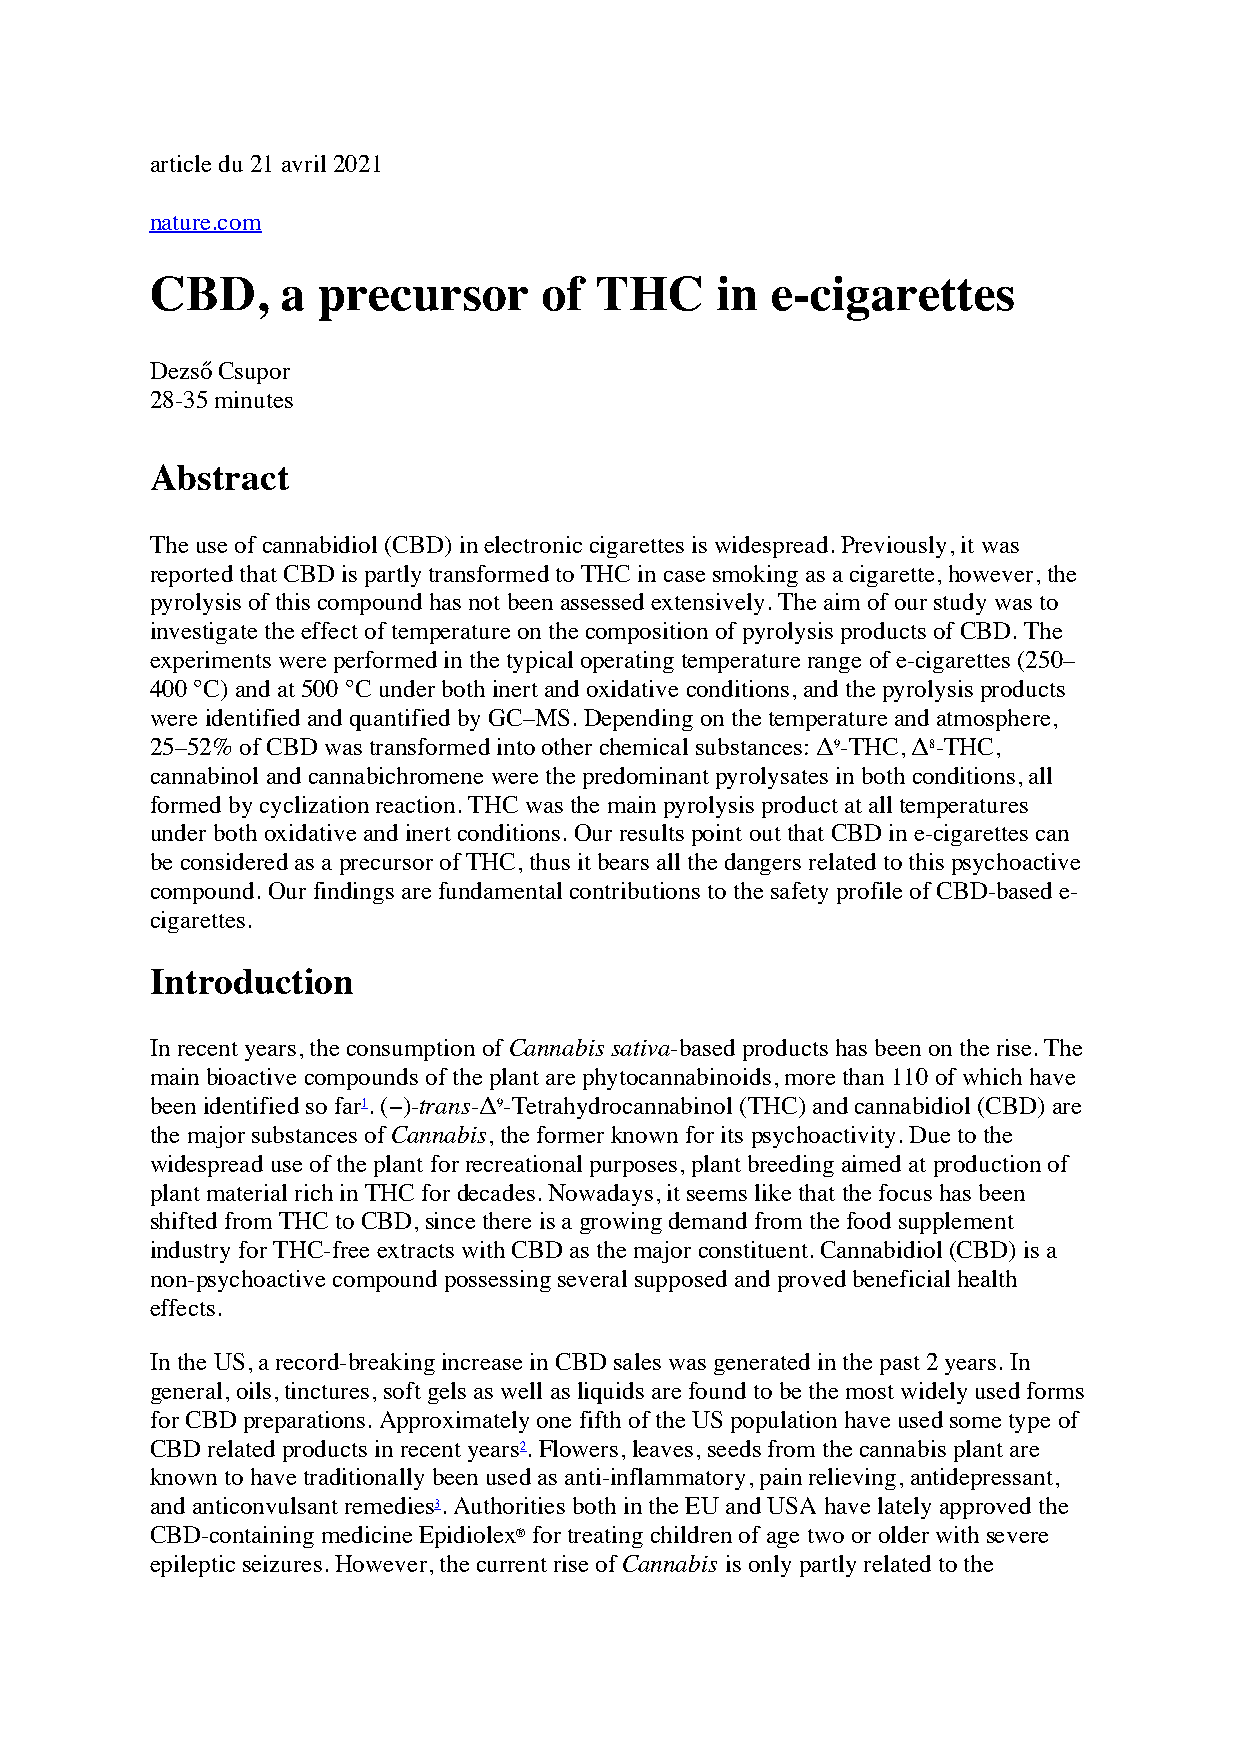
article du 21 avril 2021
 nature.com
 CBD,     a precursor      of THC     in  e-cigarettes
 Dezső Csupor
 28-35 minutes
 Abstract
 The use of cannabidiol (CBD) in electronic cigarettes is widespread. Previously, it was
 reported that CBD is partly transformed to THC in case smoking as a cigarette, however, the
 pyrolysis of this compound has not been assessed extensively. The aim of our study was to
 investigate the effect of temperature on the composition of pyrolysis products of CBD. The
 experiments were performed in the typical operating temperature range of e-cigarettes (250–
 400 °C) and at 500 °C under both inert and oxidative conditions, and the pyrolysis products
 were identified and quantified by GC–MS. Depending on the temperature and atmosphere,
 25–52% of CBD was transformed into other chemical substances: Δ9-THC, Δ8-THC,
 cannabinol and cannabichromene were the predominant pyrolysates in both conditions, all
 formed by cyclization reaction. THC was the main pyrolysis product at all temperatures
 under both oxidative and inert conditions. Our results point out that CBD in e-cigarettes can
 be considered as a precursor of THC, thus it bears all the dangers related to this psychoactive
 compound. Our findings are fundamental contributions to the safety profile of CBD-based e-
 cigarettes.
 Introduction
 In recent years, the consumption of Cannabis sativa-based products has been on the rise. The
 main bioactive compounds of the plant are phytocannabinoids, more than 110 of which have
 been identified so far1. (−)-trans-Δ9-Tetrahydrocannabinol (THC) and cannabidiol (CBD) are
 the major substances of Cannabis, the former known for its psychoactivity. Due to the
 widespread use of the plant for recreational purposes, plant breeding aimed at production of
 plant material rich in THC for decades. Nowadays, it seems like that the focus has been
 shifted from THC to CBD, since there is a growing demand from the food supplement
 industry for THC-free extracts with CBD as the major constituent. Cannabidiol (CBD) is a
 non-psychoactive compound possessing several supposed and proved beneficial health
 effects.
 In the US, a record-breaking increase in CBD sales was generated in the past 2 years. In
 general, oils, tinctures, soft gels as well as liquids are found to be the most widely used forms
 for CBD preparations. Approximately one fifth of the US population have used some type of
 CBD related products in recent years2. Flowers, leaves, seeds from the cannabis plant are
 known to have traditionally been used as anti-inflammatory, pain relieving, antidepressant,
 and anticonvulsant remedies3. Authorities both in the EU and USA have lately approved the
 CBD-containing medicine Epidiolex® for treating children of age two or older with severe
 epileptic seizures. However, the current rise of Cannabis is only partly related to the